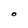
Character: O